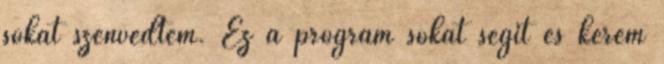
sokat szenvedtem. Ez a program sokat segít és kérem